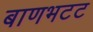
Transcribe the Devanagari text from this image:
बाणभटट